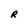
Character: R